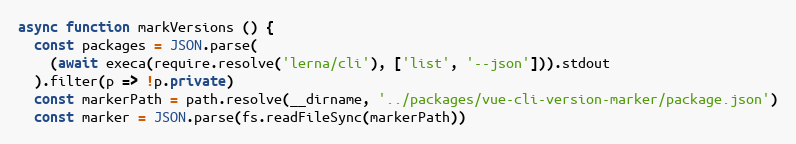
Language: JavaScript
async function markVersions () {
  const packages = JSON.parse(
    (await execa(require.resolve('lerna/cli'), ['list', '--json'])).stdout
  ).filter(p => !p.private)
  const markerPath = path.resolve(__dirname, '../packages/vue-cli-version-marker/package.json')
  const marker = JSON.parse(fs.readFileSync(markerPath))